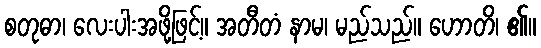
စတုဓာ၊ လေးပါးအဖို့ဖြင့်။ အတီတံ နာမ၊ မည်သည်။ ဟောတိ၊ ၏။